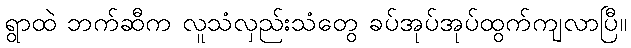
ရွာထဲ ဘက်ဆီက လူသံလှည်းသံတွေ ခပ်အုပ်အုပ်ထွက်ကျလာပြီ။